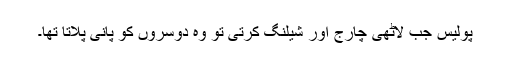
پولیس جب لاٹھی چارج اور شیلنگ کرتی تو وہ دوسروں کو پانی پلاتا تھا۔